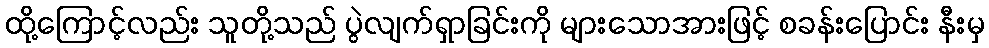
ထို့ကြောင့်လည်း သူတို့သည် ပွဲလျက်ရှာခြင်းကို များသောအားဖြင့် စခန်းပြောင်း နီးမှ